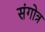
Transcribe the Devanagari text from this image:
संगोत्र